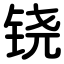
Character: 铙